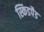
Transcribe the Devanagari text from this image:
स्किडपैड